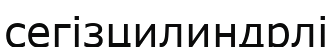
сегізцилиндрлі